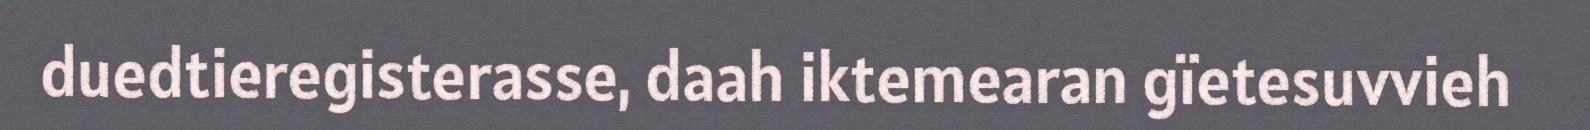
duedtieregisterasse, daah iktemearan gïetesuvvieh